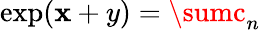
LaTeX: \textstyle\exp(\mathbf{x}+y)=\sumc_{n}